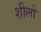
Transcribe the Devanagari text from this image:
शीलो